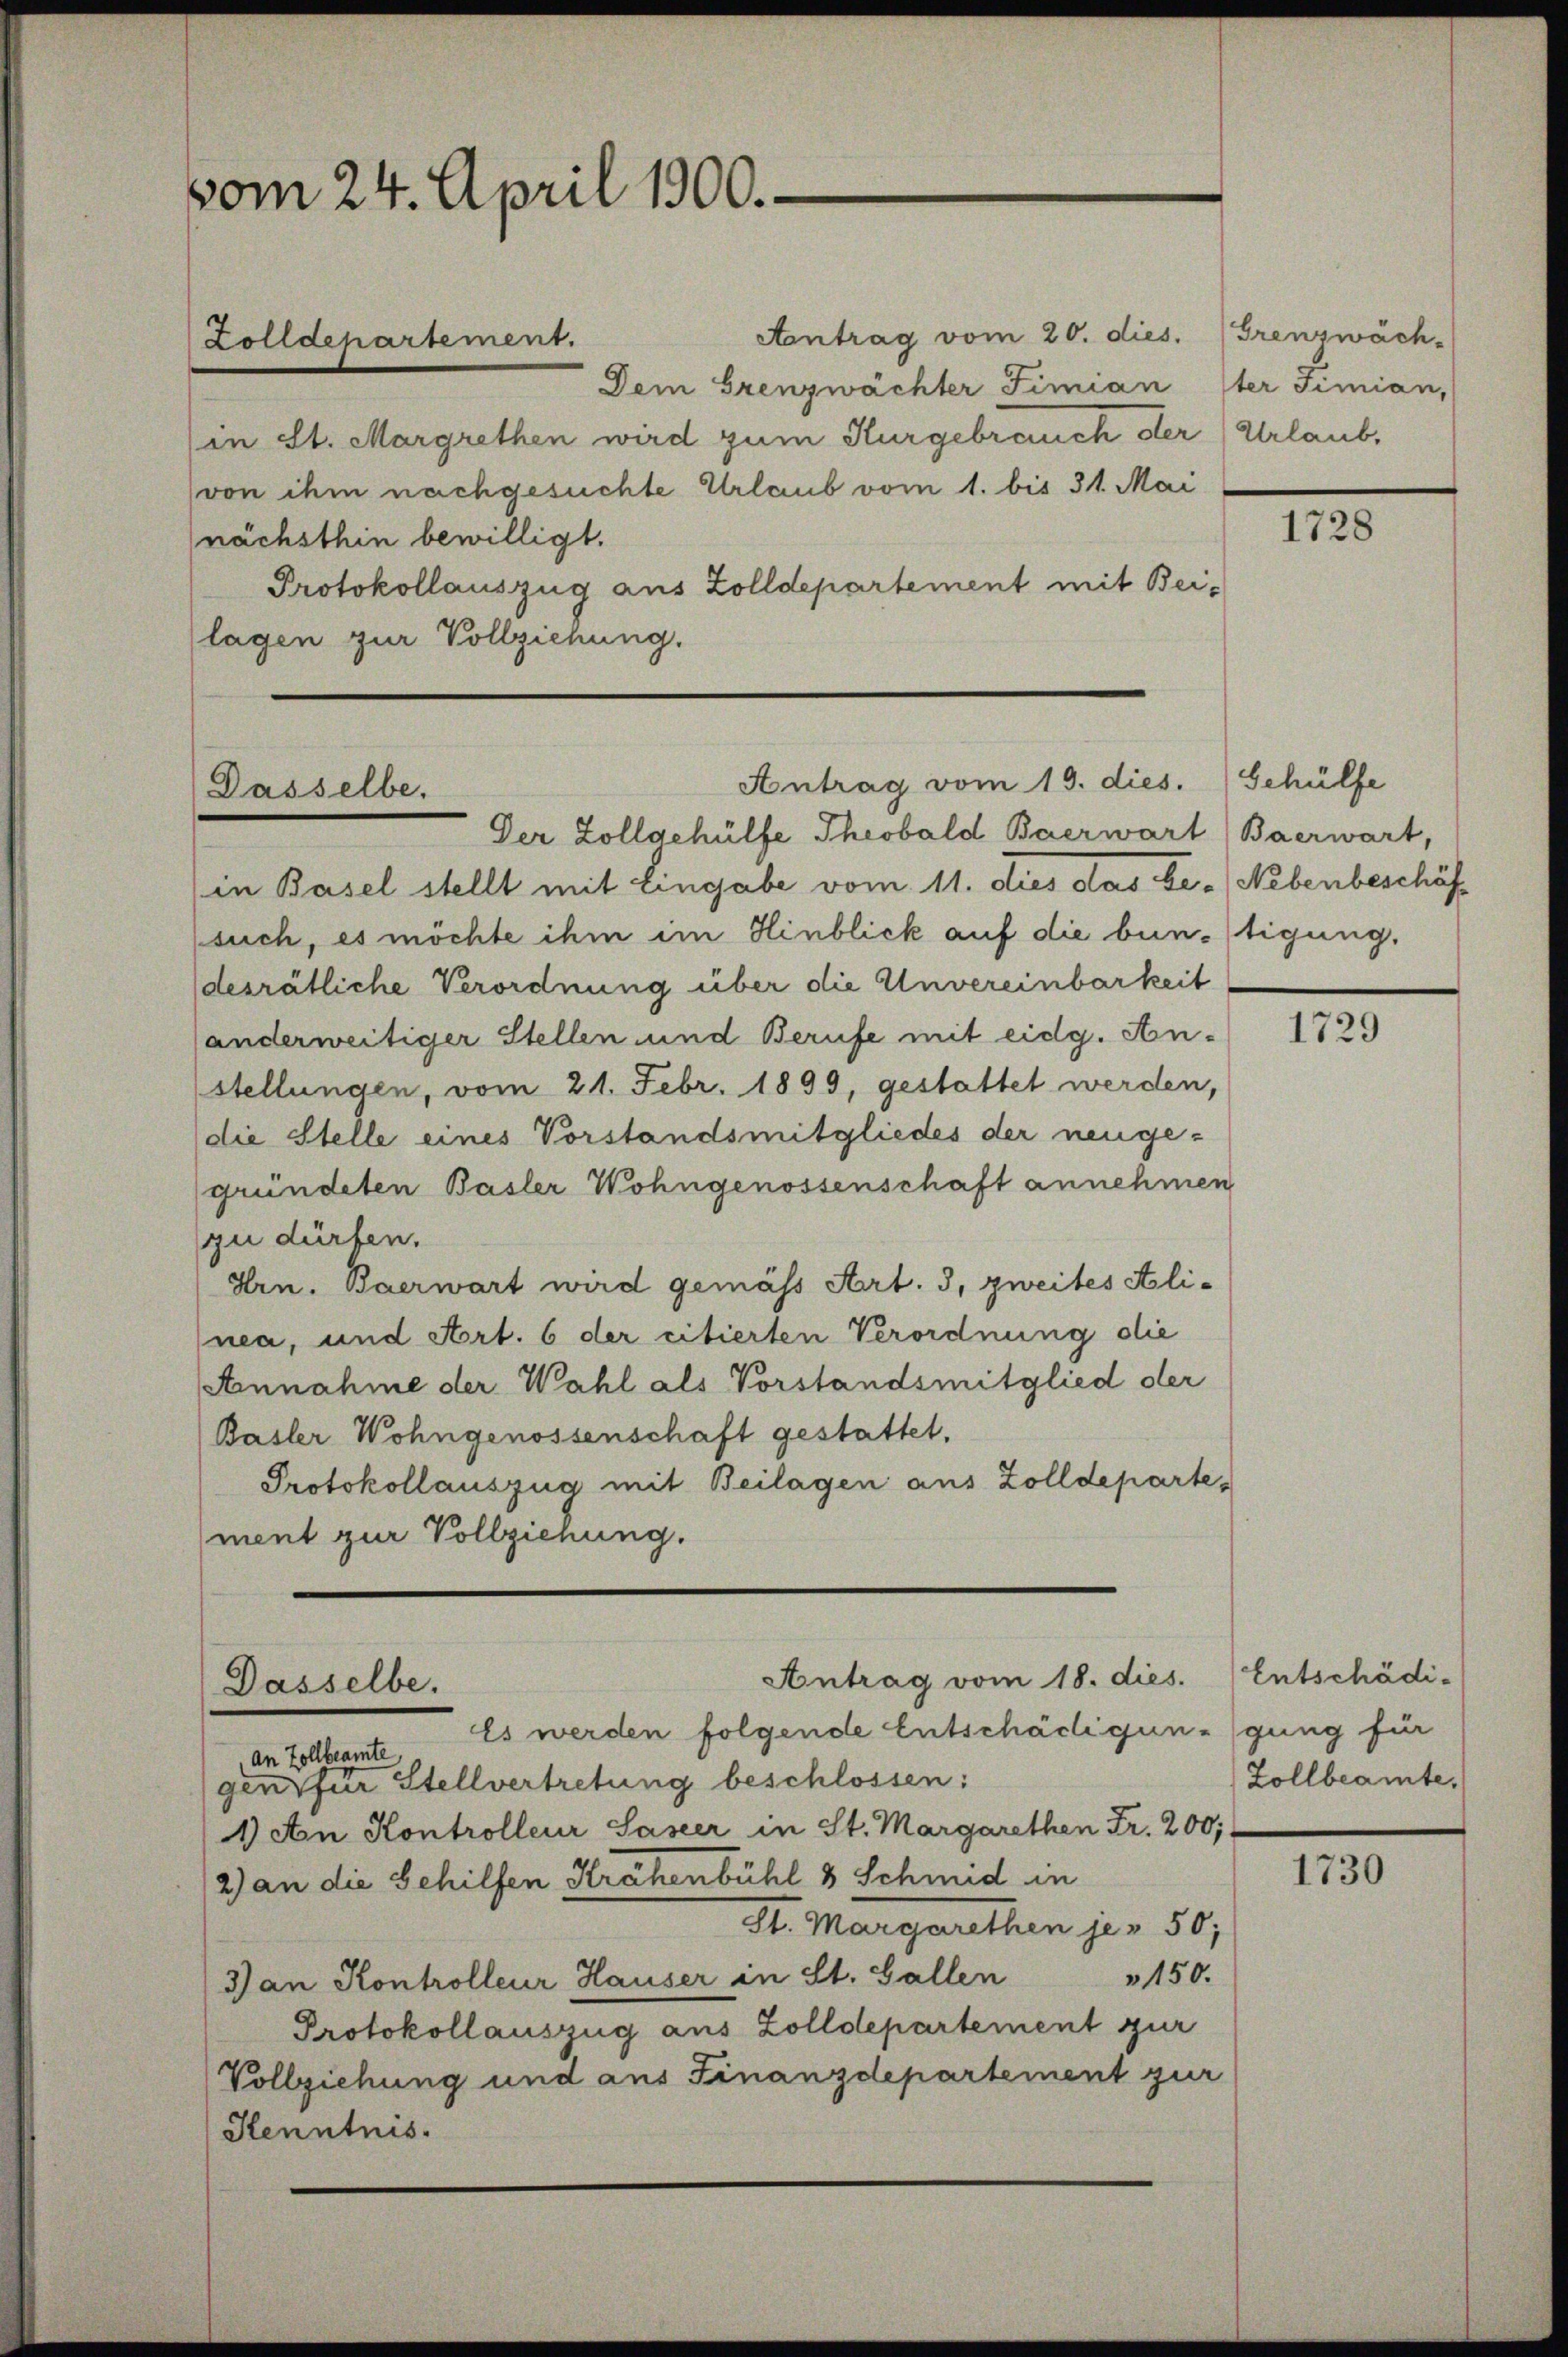
vom 24. April 1900.

Aantrag vom 20. dies. Grenzwäch-
Dem Grenzwächter Fimian ster Fimian,
(in St. Margrethen wird zum Kurgebrauch der (Urlaub,
(von ihm nachgesuchte Urlaub vom 1. bis 31. Mai
nächsthin bewilligt.
Protokollauszug aus Zolldepartement mit Beilagen zur Vollziehung.

Zolldepartement.

Antrag vom 19. dies.
Dasselbe.
Der Zollgehülfe Theobald Baerwart Baerwart,

(in Basel stellt mit Eingabe vom 11. dies das Be- (Nebenbeschäf
such, es möchte ihm im Hinblick auf die buntigung.
desrätliche Verordnung über die Unvereinbarkeit
(anderweitiger Stellen und Berufe mit eidg. Anstellungen, vom 21. Febr. 1899, gestattet werden,
die Stelle eines Vorstandsmitgliedes der neugegründeten Basler Wohngenossenschaft annehmen
zu dürfen.
Hrn. Baerwart wird gemäss Art. 3, zweites Ali-
nea, und Art. 6 der citierten Verordnung die
Annahme der Wahl als Vorstandsmitglied der
Basler Wohngenossenschaft gestattet.
Protokollauszug mit Beilagen aus Zolldepartement zur Vollziehung.

Antrag vom 18. dies.
Dasselbe.

Es werden folgende Entschädigungung für
An Zollbeamte
gen für Stellvertretung beschlossen:
1) An Kontrolleur Saseer in St. Margarethen Fr. 200;
2) an die Behilfen Krähenbühl 8 Schmid in
St. Margarethen je 50;
150.
3) an Kontrolleur Hauser in St. Gallen
Protokollauszug aus Zolldepartement zur
Vollziehung und aus Finanzdepartement zur
Kenntnis.

Gehülfe

1728

1729

Entschädi¬
Zollbeamte.

1730